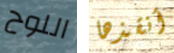
اللوح أنقذها